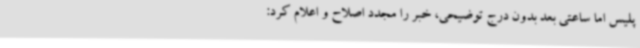
پلیس اما ساعتی بعد بدون درج توضیحی، خبر را مجدد اصلاح و اعلام کرد: